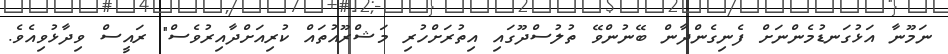
ނަމޫނާ އަޅުގަނޑުމެންނަށް ފެނިގެންދާން ބޭނުންވޭ ތުލުސްދޫގައި އިތުރަށްހުރި މަޝްރޫއުތައް ކުރިއަށްދާއިރުވެސް" ރައީސް ވިދާޅުވިއެވެ.